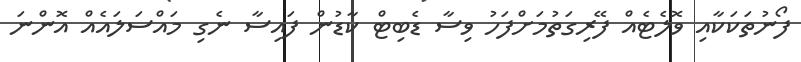
ފޯނުތަކަކާއި ވޮލެޓެއް ފޭރިގަތުމަށްފަހު ވިސާ ޑެބިޓް ކާޑުން ފައިސާ ނެގި މައްސަލައެއް އޮންނަ